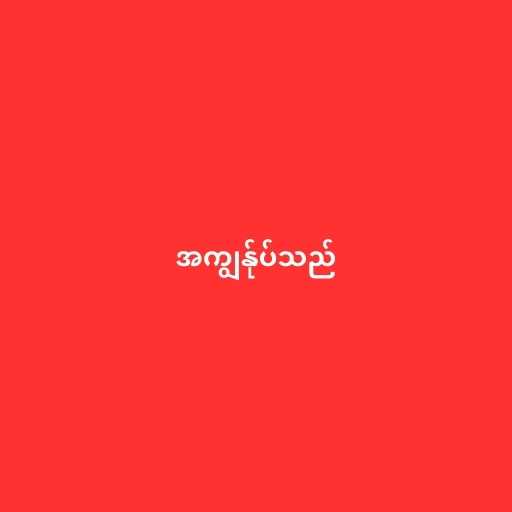
အကျွန်ုပ်သည်